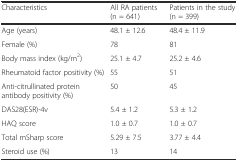
<table><thead><tr><td><b>Characteristics</b></td><td><b>All RA patients (n = 641)</b></td><td><b>Patients in the study (n = 399)</b></td></tr></thead><tbody><tr><td>Age (years)</td><td>48.1 ± 12.6</td><td>48.4 ± 11.9</td></tr><tr><td>Female (%)</td><td>78</td><td>81</td></tr><tr><td>Body mass index (kg/m<sup>2</sup>)</td><td>25.1 ± 4.7</td><td>25.2 ± 4.6</td></tr><tr><td>Rheumatoid factor positivity (%)</td><td>55</td><td>51</td></tr><tr><td>Anti-citrullinated protein antibody positivity (%)</td><td>50</td><td>45</td></tr><tr><td>DAS28(ESR)-4v</td><td>5.4 ± 1.2</td><td>5.3 ± 1.2</td></tr><tr><td>HAQ score</td><td>1.0 ± 0.7</td><td>1.0 ± 0.7</td></tr><tr><td>Total mSharp score</td><td>5.29 ± 7.5</td><td>3.77 ± 4.4</td></tr><tr><td>Steroid use (%)</td><td>13</td><td>14</td></tr></tbody></table>